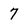
Character: 7